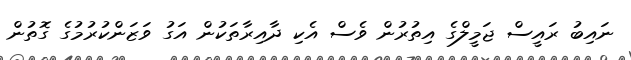
ނައިބު ރައީސް ޖަމީލްގެ އިތުރުން ވެސް އެކި ދާއިރާތަކުން އަގު ވަޒަންކުރުމުގެ ގޮތުން